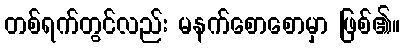
တစ်ရက်တွင်လည်း မနက်စောစောမှာ ဖြစ်၏။